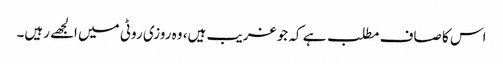
اس کا صاف مطلب ہے کہ جو غریب ہیں، وہ روزی روٹی میں الجھے رہیں۔